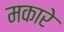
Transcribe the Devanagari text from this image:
मकारे